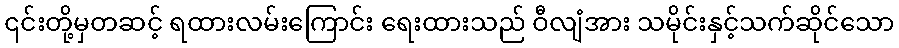
၎င်းတို့မှတဆင့် ရထားလမ်းကြောင်း ရေးထားသည် ဝီလျံအား သမိုင်းနှင့်သက်ဆိုင်သော